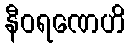
နီဝရဏေဟိ